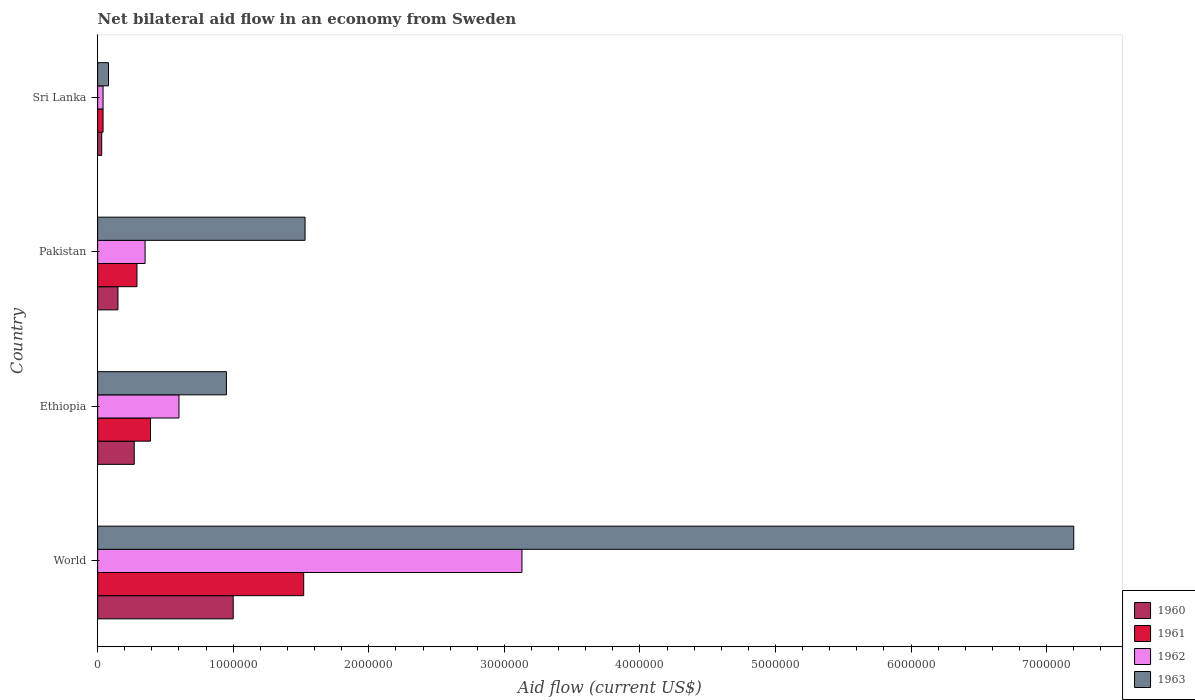
| Country | 1960 | 1961 | 1962 | 1963 |
 | --- | --- | --- | --- | --- |
 | World | 1e+06 | 1.52e+06 | 3.13e+06 | 7.2e+06 |
 | Ethiopia | 2.7e+05 | 3.9e+05 | 6e+05 | 9.5e+05 |
 | Pakistan | 1.5e+05 | 2.9e+05 | 3.5e+05 | 1.53e+06 |
 | Sri Lanka | 3e+04 | 4e+04 | 4e+04 | 8e+04 |